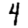
Digit: 4